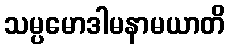
သမ္ပမောဒါမနာမယာတိ